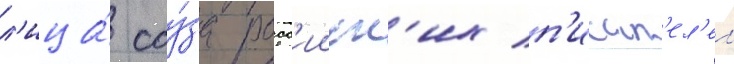
л'ица́ соу́за росс'ииск'их п'исат'ел'еи